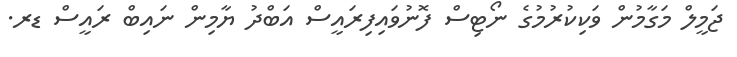
ޖަމީލް މަގާމުން ވަކިކުރުމުގެ ނޯޓިސް ފޮނުވައިފިރައީސް އަބްދު ޔާމިން ނައިބް ރައީސް ޑރ.